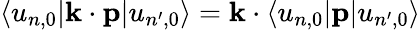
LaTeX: \langle u_{n,0}|\mathbf{k}\cdot\mathbf{p}|u_{n^{\prime},0}\rangle=\mathbf{k}\cdot\langle u_{n,0}|\mathbf{p}|u_{n^{\prime},0}\rangle